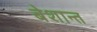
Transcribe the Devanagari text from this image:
बेशान्त